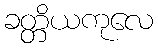
ခတ္တိယကုလေ